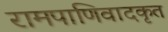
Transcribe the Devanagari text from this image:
रामपाणिवादकृत